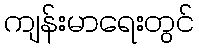
ကျန်းမာရေးတွင်